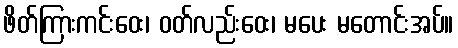
ဖိတ်ကြားကင်းဝေး၊ ဝတ်လည်းဝေး၊ မပေး မတောင်းအပ်။